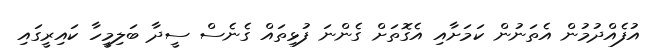
އުފެއްދުމުން އެތަނުން ކަމަށާއި އެގޮތަށް ގެންނަ ފުޅިތައް ގެނެސް ސީދާ ބަލިމީހާ ކައިރީގައި